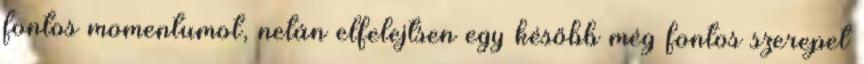
fontos momentumot, netán elfelejtsen egy később még fontos szerepet